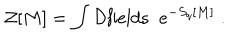
LaTeX: { \cal Z } [ M ] = \int { \cal D } { \mathrm { f i e l d s } } \; \; e ^ { - S _ { q } [ M ] } \; .